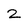
Character: 2